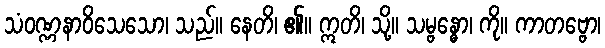
သံဝဏ္ဏနာဝိသေသော၊ သည်။ နေတိ၊ ၏။ ဣတိ၊ သို့။ သမ္ဗန္ဓော၊ ကို။ ကာတဗ္ဗော၊